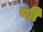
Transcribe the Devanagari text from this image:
णी